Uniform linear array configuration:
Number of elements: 48
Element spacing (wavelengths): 1
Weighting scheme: hamming
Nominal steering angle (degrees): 30
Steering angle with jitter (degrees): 29.212
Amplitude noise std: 0.05
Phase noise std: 0.05

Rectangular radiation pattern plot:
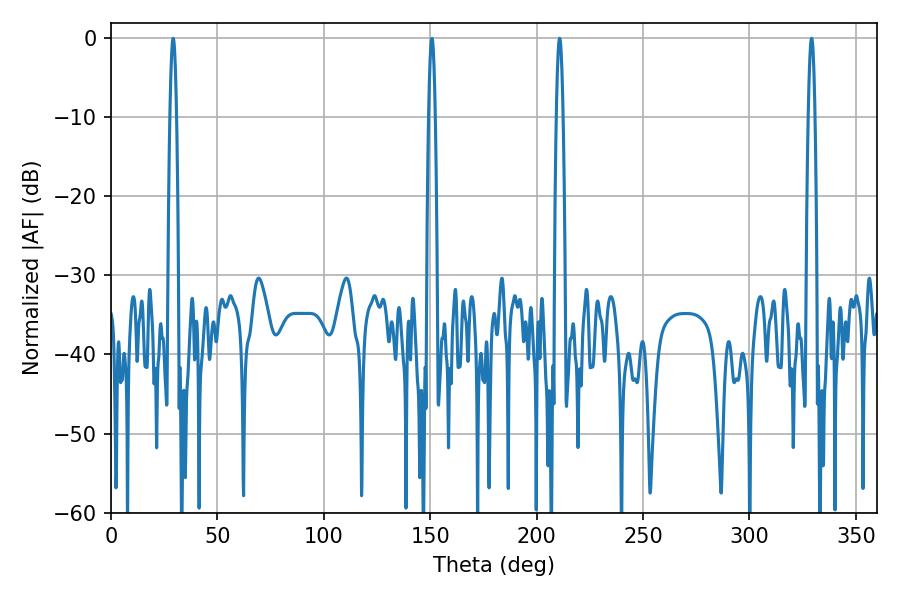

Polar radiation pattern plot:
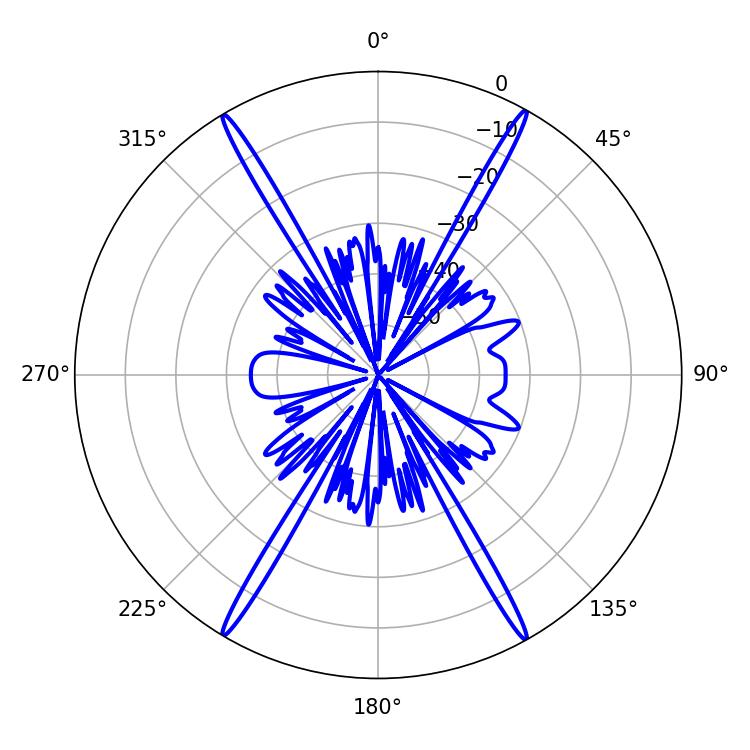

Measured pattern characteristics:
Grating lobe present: TRUE
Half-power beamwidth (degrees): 1.62
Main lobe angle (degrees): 210.78